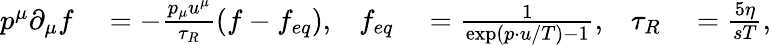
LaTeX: \begin{array}{rlrlrl}{p^{\mu}\partial_{\mu}f}&{{}=-\frac{p_{\mu}u^{\mu}}{\tau_{R}}(f-f_{eq}),}&{f_{eq}}&{{}=\frac{1}{\exp(p\cdot u/T)-1},}&{\tau_{R}}&{{}=\frac{5\eta}{sT},}\end{array}